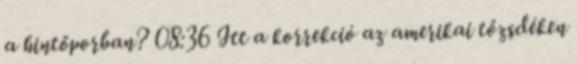
a hintőporban? 08:36 Itt a korrekció az amerikai tőzsdéken